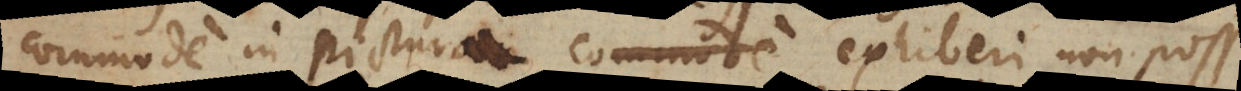
commode in pictura commode exhiberi non posse